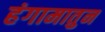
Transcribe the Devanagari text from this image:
हंगामातुन